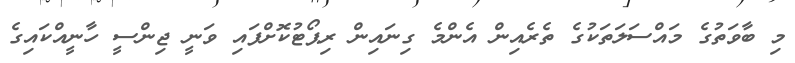
މި ބާވަތުގެ މައްސަލަތަކުގެ ތެރެއިން އެންމެ ގިނައިން ރިޕޯޓުކޮށްފައި ވަނީ ޖިންސީ ހާނީއްކައިގެ